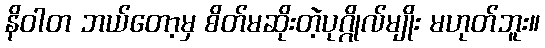
နိဝါတ ဘယ်တော့မှ စိတ်မဆိုးတဲ့ပုဂ္ဂိုလ်မျိုး မဟုတ်ဘူး။